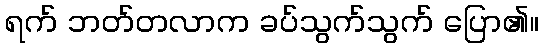
ရက် ဘတ်တလာက ခပ်သွက်သွက် ပြော၏။